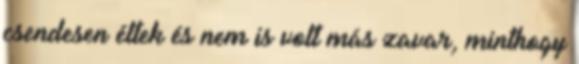
csendesen éltek és nem is volt más zavar, minthogy